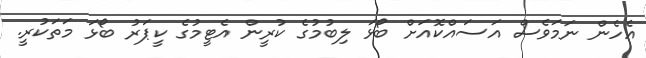
އެހެން ނަމަވެސް އަސައްކޮއަށް ބޯޅަ ލިބުމުގެ ކުރީން އެޓީމުގެ ކީޕަރު ބޯޅަ މަތަކުރީ.